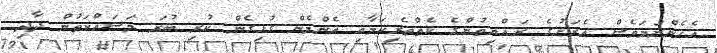
އެހެންނަމަވެސް އެރަށުގެ ރައްޔިތުންގެ ކެތްތެރިކަމާއި އެންމެން ގުޅިގެން ކުރި ބުރަ މަސައްކަތުން ދާދި